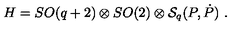
H = S O ( q + 2 ) \otimes S O ( 2 ) \otimes { \cal S } _ { q } ( P , \dot { P } ) \ .